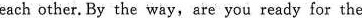
each other. By the way,are you ready for the